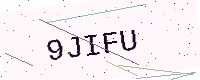
Text: 9JIFU